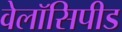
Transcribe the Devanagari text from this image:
वेलॉसिपीड